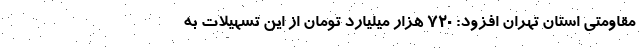
مقاومتی استان تهران افزود: ۷۲۰ هزار میلیارد تومان از این تسهیلات به